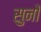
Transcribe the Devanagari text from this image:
सुनों